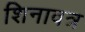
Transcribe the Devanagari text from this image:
शिनावत्र